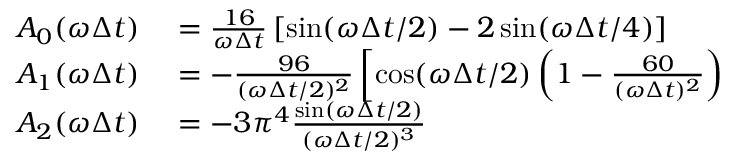
\begin{array} { r l } { A _ { 0 } ( \omega \Delta t ) } & { { } = \frac { 1 6 } { \omega \Delta t } \left[ \sin ( \omega \Delta t / 2 ) - 2 \sin ( \omega \Delta t / 4 ) \right] } \\ { A _ { 1 } ( \omega \Delta t ) } & { { } = - \frac { 9 6 } { ( \omega \Delta t / 2 ) ^ { 2 } } \left[ \cos ( \omega \Delta t / 2 ) \left( 1 - \frac { 6 0 } { ( \omega \Delta t ) ^ { 2 } } \right) \right. } \\ { A _ { 2 } ( \omega \Delta t ) } & { { } = - 3 \pi ^ { 4 } \frac { \sin ( \omega \Delta t / 2 ) } { ( \omega \Delta t / 2 ) ^ { 3 } } } \end{array}